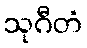
သုဂီတံ